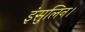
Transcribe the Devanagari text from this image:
इंसुलिन।